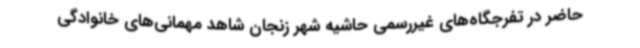
حاضر در تفرجگاه‌های غیررسمی حاشیه شهر زنجان شاهد مهمانی‌های خانوادگی